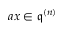
a x \in { \mathfrak { q } } ^ { ( n ) }